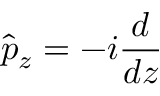
\hat { p } _ { z } = - i \frac { d } { d z }